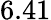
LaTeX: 6.41